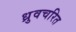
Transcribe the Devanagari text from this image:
ध्रुवचरित